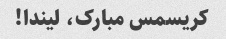
کریسمس مبارک، لیندا!